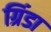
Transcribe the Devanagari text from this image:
ग्रिंडा